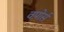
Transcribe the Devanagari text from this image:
वपोर्स